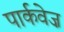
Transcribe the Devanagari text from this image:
पार्कवेज़